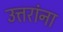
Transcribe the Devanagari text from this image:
उत्तरांना